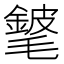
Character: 𨪅